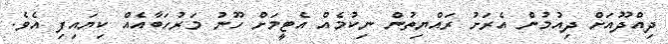
ދިއްދޫއަށް ދިއުމުން އެރަށު ރައްޔިތުން ނިކުމެއް އެޓީމަށް ހޫނު މަރުހަބާއެއް ކިޔައިފި އެވެ.